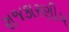
રાજકારણીય